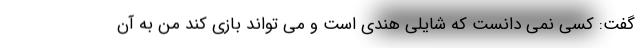
گفت: کسی نمی دانست که شایلی هندی است و می تواند بازی کند من به آن